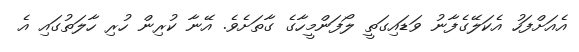
އެއަށްފަހު އެކަލޭގެފާނު ވަޑައިގަތީ ލޯފަންމީހާގެ ގާތަށެވެ. އޭނާ ކުރިން ހުރި ހާލަތުގައި އެ